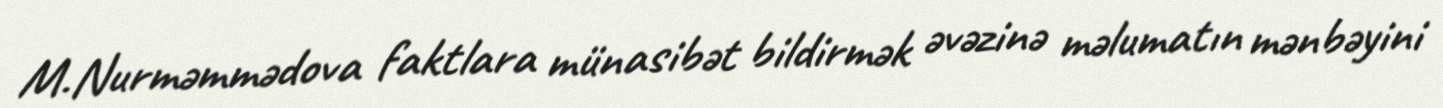
M.Nurməmmədova faktlara münasibət bildirmək əvəzinə məlumatın mənbəyini